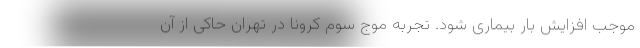
موجب افزایش بار بیماری شود. تجربه موج سوم کرونا در تهران حاکی از آن